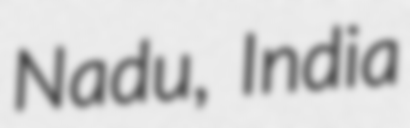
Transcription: Nadu, India